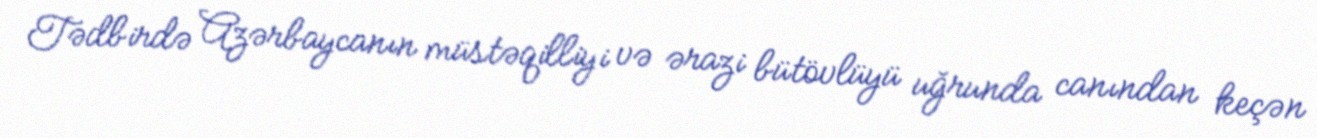
Tədbirdə Azərbaycanın müstəqilliyi və ərazi bütövlüyü uğrunda canından keçən